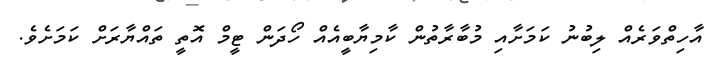
އާހިތްވަރެއް ލިބުނު ކަމަށާއި މުބާރާތުން ކާމިޔާބީއެއް ހޯދަން ޓީމް އޮތީ ތައްޔާރަށް ކަމަށެވެ.